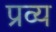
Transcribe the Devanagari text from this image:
प्रव्य